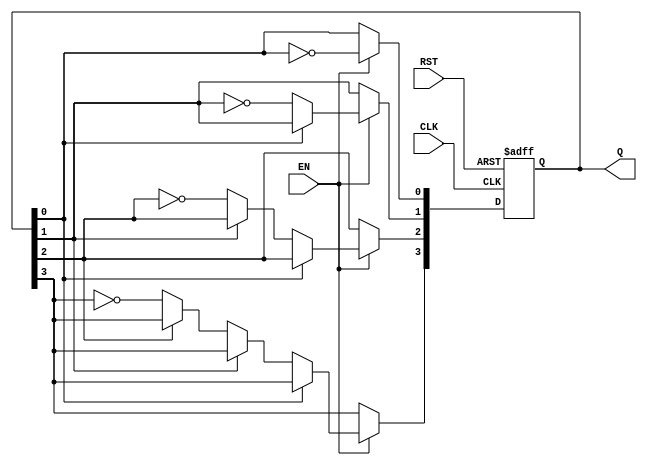
module async_counter (
    input wire CLK,       // Clock input
    input wire RST,       // Asynchronous Reset
    input wire EN,        // Enable signal
    output reg [3:0] Q    // 4-bit output
);

// Flip-flops for the counter
always @(posedge CLK or posedge RST) begin
    if (RST) begin
        Q <= 4'b0000; // Reset the counter to 0
    end else if (EN) begin
        Q[0] <= ~Q[0]; // Toggle LSB
        if (Q[0] == 1'b0) begin // If LSB transitioned from high to low
            Q[1] <= ~Q[1]; // Toggle 2nd bit
            if (Q[1] == 1'b0) begin // If 2nd bit transitioned from high to low
                Q[2] <= ~Q[2]; // Toggle 3rd bit
                if (Q[2] == 1'b0) begin // If 3rd bit transitioned from high to low
                    Q[3] <= ~Q[3]; // Toggle MSB
                end
            end
        end
    end
end

endmodule